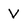
Character: V